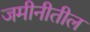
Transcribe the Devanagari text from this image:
जमीनीतील